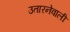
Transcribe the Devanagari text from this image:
उतारनेवाली